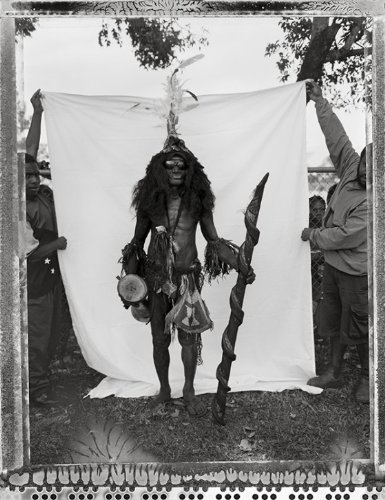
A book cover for Stephen Dupont: Piksa Niugini: Portraits and Diaries; Bob Connolly; Travel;